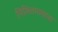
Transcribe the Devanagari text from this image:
निमित्तमासाद्य